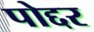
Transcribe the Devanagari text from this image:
पोद्दर